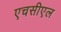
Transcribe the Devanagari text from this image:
एचसीएल